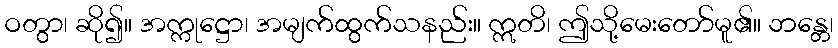
ဝတွာ၊ ဆို၍။ အက္ကုဋ္ဌော၊ အမျက်ထွက်သနည်း။ ဣတိ၊ ဤသို့မေးတော်မူ၏။ ဘန္တေ၊